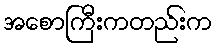
အစောကြီးကတည်းက